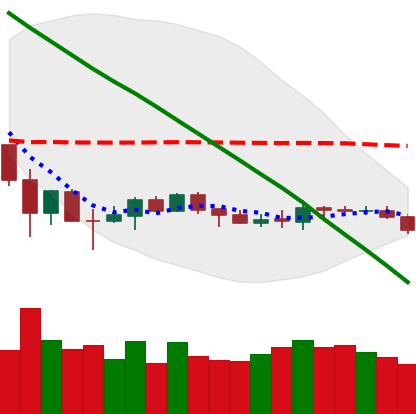
Ticker: BNB-USD
Chart end date: 2019-12-10
Forward return: -3.131%
Label: down_3_5